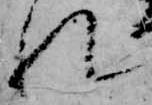
れ